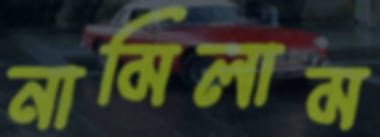
নামিলাম